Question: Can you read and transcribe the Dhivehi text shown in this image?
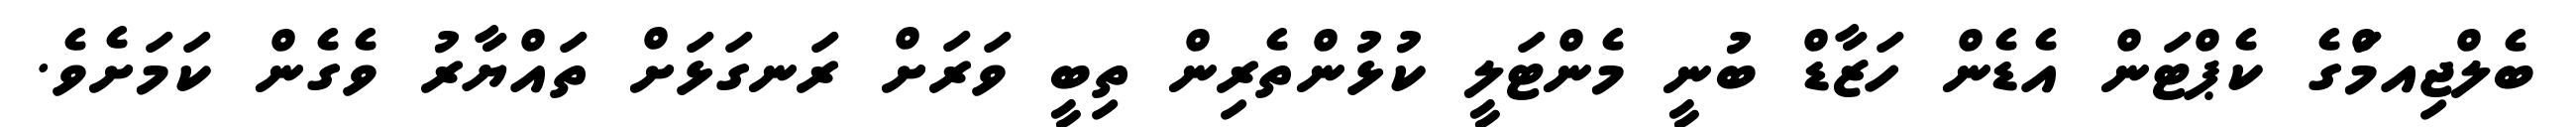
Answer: ބެލްޖިއމަްގެ ކެޕްޓަން އެޑެން ހަޒާޑް ބުނީ މެންޓަލީ ކުޅުންތެރިން ތިބީ ވަރަށް ރަނގަޅަށް ތައްޔާރު ވެގެން ކަމަށެވެ.